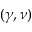
( \gamma , \nu )